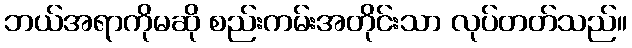
ဘယ်အရာကိုမဆို စည်းကမ်းအတိုင်းသာ လုပ်တတ်သည်။